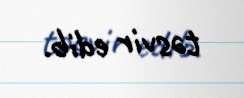
təsvir edib.